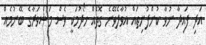
އަދި ފައިދާ ނުވާ ކުންފުނިތައް އުވާލެވޭނެ ގޮތެެއް ހޯދުމަކީ ވެސް މަޝްވަރާގެ ބޭނުމެއް